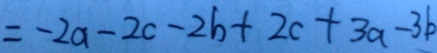
= - 2 a - 2 c - 2 b + 2 c + 3 a - 3 b